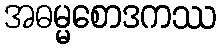
အဓမ္မစောဒကဿ